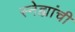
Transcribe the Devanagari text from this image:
स्नेह्यांची